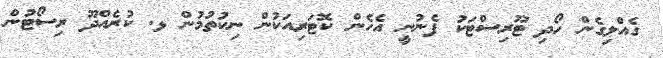
ގެއްލިގެން ހޯދި ޓޫރިސްޓަކު ފެނުނީ އެހެން ކޮޓަރިއަކުން ނިކުތުމުން ޅ. ކުރެއްދޫ ރިސޯޓުން